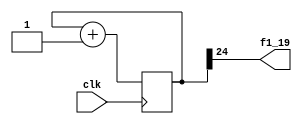
module div40m(
	input clk,
	output f1_19
);
	reg[24:0]dly;
always @(posedge clk)
dly<=dly+1'b1;
assign f1_19=dly[24];
endmodule